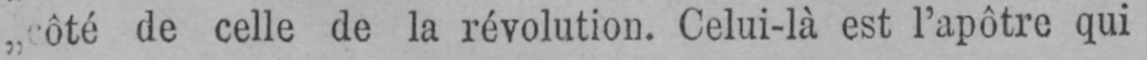
de celle de la révolution. Celui-là est l’apôtre qui